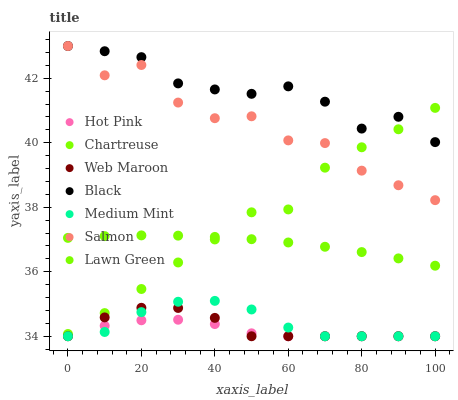
| xaxis_label | Hot Pink | Chartreuse | Web Maroon | Black | Medium Mint | Salmon | Lawn Green |
 | --- | --- | --- | --- | --- | --- | --- | --- |
 | 0 | 34 | 34.1 | 34 | 43 | 34 | 43 | 37.1 |
 | 10 | 34.3 | 34.7 | 34.6 | 42.8 | 34.1 | 42.1 | 37.1 |
 | 20 | 34.5 | 35.5 | 34.9 | 42.7 | 34.7 | 42.4 | 37.1 |
 | 30 | 34.5 | 36.3 | 34.9 | 41.8 | 35.1 | 41.2 | 37.1 |
 | 40 | 34.4 | 37 | 34.6 | 41.7 | 35.1 | 40.8 | 37.1 |
 | 50 | 34.1 | 37.8 | 34 | 41.5 | 34.8 | 40.8 | 37 |
 | 60 | 34 | 37.9 | 34 | 41.7 | 34.3 | 40.1 | 36.9 |
 | 70 | 34 | 39.2 | 34 | 41.3 | 34 | 40 | 36.8 |
 | 80 | 34 | 39.9 | 34 | 40.4 | 34 | 39.1 | 36.6 |
 | 90 | 34 | 40.4 | 34 | 40.8 | 34 | 38.7 | 36.4 |
 | 100 | 34 | 41.1 | 34 | 40 | 34 | 38.2 | 36.2 |